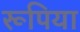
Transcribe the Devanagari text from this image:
रूपिया